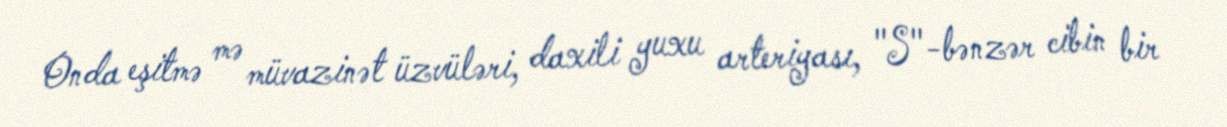
Onda eşitmə mə müvazinət üzvüləri, daxili yuxu arteriyası, "S"-bənzər cibin bir